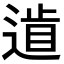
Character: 𨕐